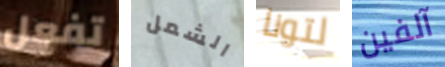
تفعل الشمل لتونا آلفين